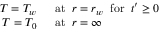
\begin{array} { r l } { T = T _ { w } \; \; } & { { } \mathrm { a t } \; \; r = r _ { w } \; \; \mathrm { f o r } \; \; t ^ { \prime } \geq 0 } \\ { T = T _ { 0 } \; \; } & { { } \mathrm { a t } \; \; r = \infty } \end{array}